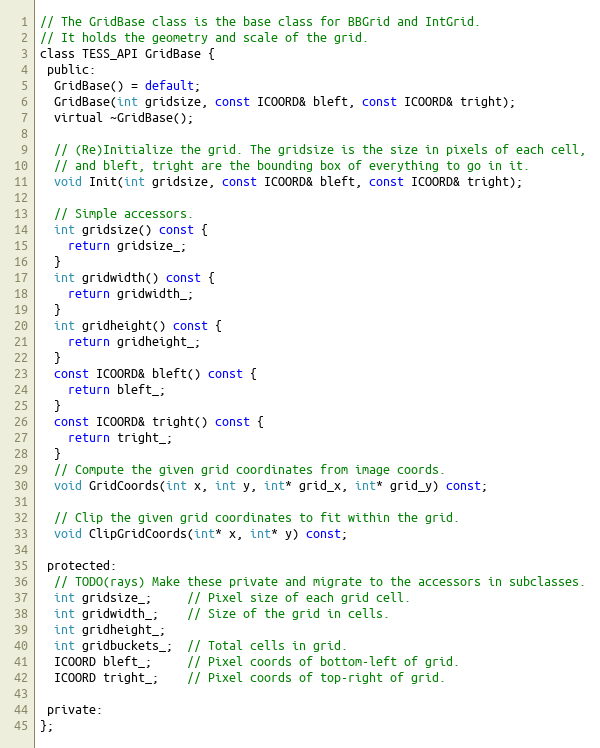
Language: C
// The GridBase class is the base class for BBGrid and IntGrid.
// It holds the geometry and scale of the grid.
class TESS_API GridBase {
 public:
  GridBase() = default;
  GridBase(int gridsize, const ICOORD& bleft, const ICOORD& tright);
  virtual ~GridBase();

  // (Re)Initialize the grid. The gridsize is the size in pixels of each cell,
  // and bleft, tright are the bounding box of everything to go in it.
  void Init(int gridsize, const ICOORD& bleft, const ICOORD& tright);

  // Simple accessors.
  int gridsize() const {
    return gridsize_;
  }
  int gridwidth() const {
    return gridwidth_;
  }
  int gridheight() const {
    return gridheight_;
  }
  const ICOORD& bleft() const {
    return bleft_;
  }
  const ICOORD& tright() const {
    return tright_;
  }
  // Compute the given grid coordinates from image coords.
  void GridCoords(int x, int y, int* grid_x, int* grid_y) const;

  // Clip the given grid coordinates to fit within the grid.
  void ClipGridCoords(int* x, int* y) const;

 protected:
  // TODO(rays) Make these private and migrate to the accessors in subclasses.
  int gridsize_;     // Pixel size of each grid cell.
  int gridwidth_;    // Size of the grid in cells.
  int gridheight_;
  int gridbuckets_;  // Total cells in grid.
  ICOORD bleft_;     // Pixel coords of bottom-left of grid.
  ICOORD tright_;    // Pixel coords of top-right of grid.

 private:
};